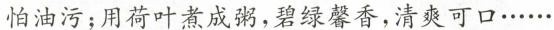
怕油污；用荷叶煮成粥，碧绿馨香，清爽可口……